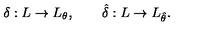
\delta : L \to L _ { \theta } , \qquad \hat { \delta } : L \to L _ { \hat { \theta } } .